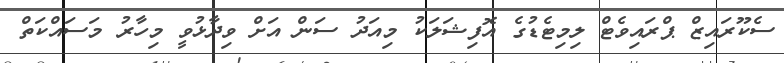
ސެކޫރައިޒް ޕްރައިވެޓް ލިމިޓެޑުގެ އޮފިޝަލަކު މިއަދު ސަން އަށް ވިދާޅުވީ މިހާރު މަސައްކަތް